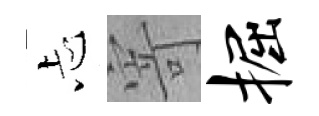
忐寄掘